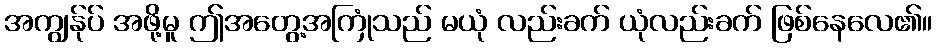
အကျွန်ုပ် အဖို့မူ ဤအတွေ့အကြုံသည် မယုံ လည်းခက် ယုံလည်းခက် ဖြစ်နေလေ၏။